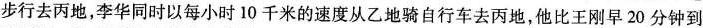
步行去丙地，李华同时以每小时10千米的速度从乙地骑自行车去丙地，他比王刚早20分钟到